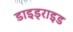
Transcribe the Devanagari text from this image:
डाइड्राइड